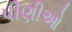
પીણીઓ